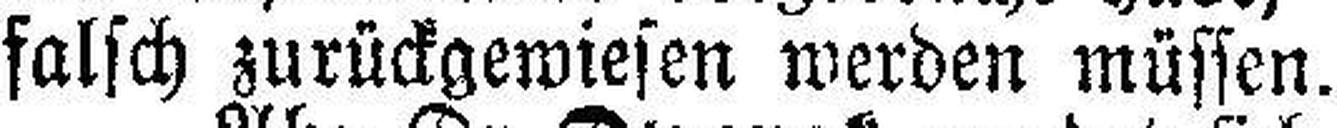
falsch zurückgewiesen werden müssen.